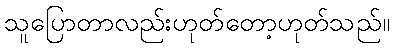
သူပြောတာလည်းဟုတ်တော့ဟုတ်သည်။